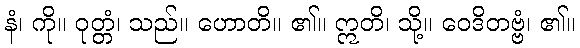
နံ၊ ကို။ ဝုတ္တံ၊ သည်။ ဟောတိ။ ၏။ ဣတိ၊ သို့။ ဝေဒိတဗ္ဗံ၊ ၏။